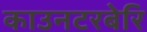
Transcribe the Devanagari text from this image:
काउनटरबेरि